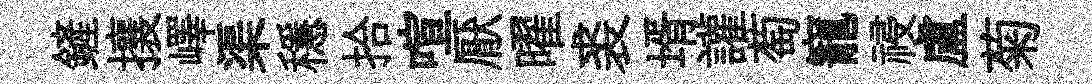
鏟攘嶧渠穩拾喧厭曜裘壻讙萄寵祲盧菊